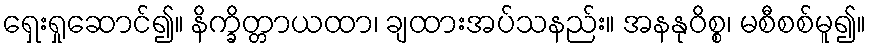
ရှေးရှုဆောင်၍။ နိက္ခိတ္တာယထာ၊ ချထားအပ်သနည်း။ အနနုဝိစ္စ၊ မစီစစ်မူ၍။